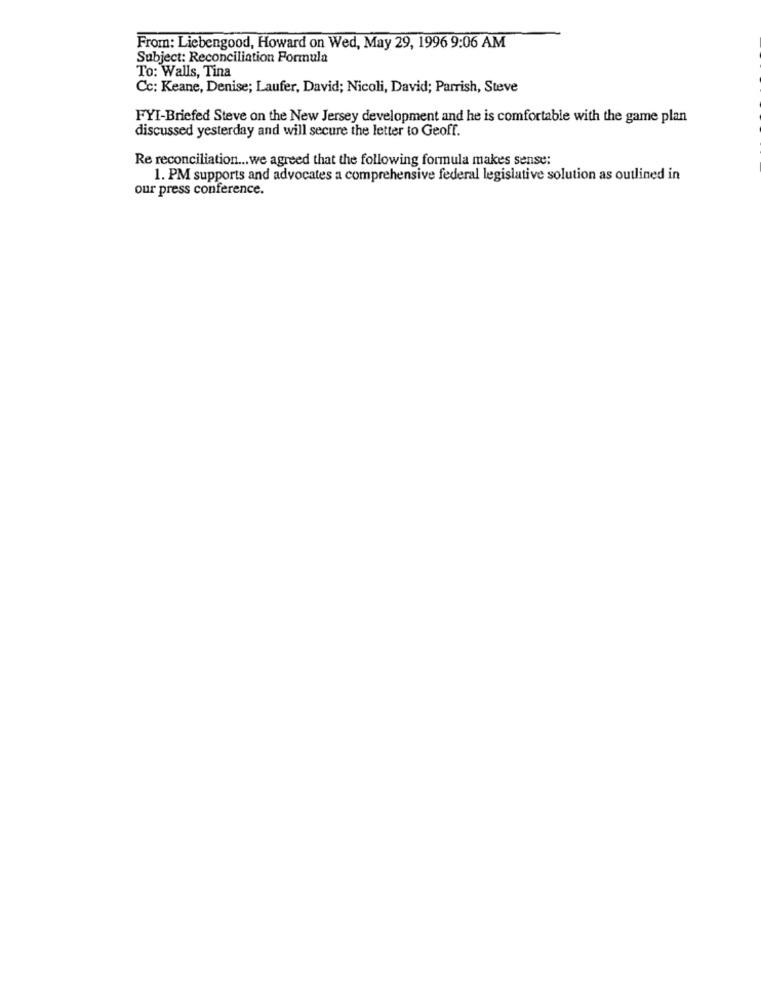
From: Liebengood, Howard on Wed, May 29, 1996 9:06 AM
Subject: Reconciliation Formula
To: Walls, Tina
Cc: Keane, Denise; Laufer, David; Nicoli, David; Parrish, Steve
FYI-Briefed Steve on the New Jersey development and he is comfortable with the game plan
discussed yesterday and will secure the letter to Geoff.
Re reconciliation ... we agreed that the following formula makes sense:
1. PM supports and advocates a comprehensive federal legislative solution as outlined in
our press conference.